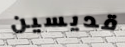
قديسين